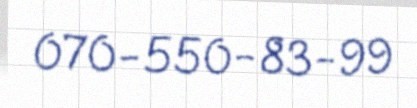
070-550-83-99